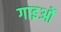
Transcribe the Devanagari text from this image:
गाइओं